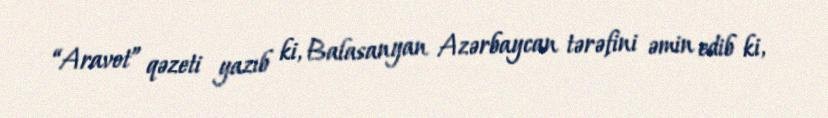
“Aravot” qəzeti yazıb ki, Balasanyan Azərbaycan tərəfini əmin edib ki,